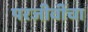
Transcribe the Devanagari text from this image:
परजीवींचा